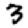
Digit: 3